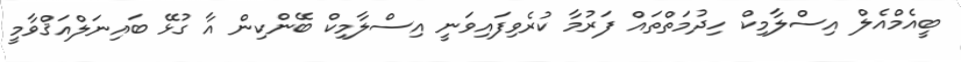
ބީއެމްއެލް އިސްލާމިކް ހިދުމަތްތައް ފަރުމާ ކުރެވިފައިވަނީ އިސްލާމިކް ބޭންކިން އާ ގުޅޭ ބައިނަލްއަޤްވާމީ